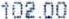
102.00